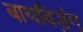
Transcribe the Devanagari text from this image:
बायबिड़ंग